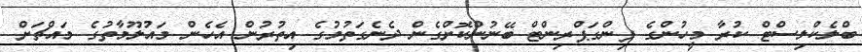
ބްލެކްލިސްޓް ކުރާ މީހުންގެ ފިންގަޕްރިންޓް ބޭނުންކޮށްގެން ދެނެގަތުމުގެ އިތުރުން އެހެން މައުލޫމާތުގެ މައްޗަށް